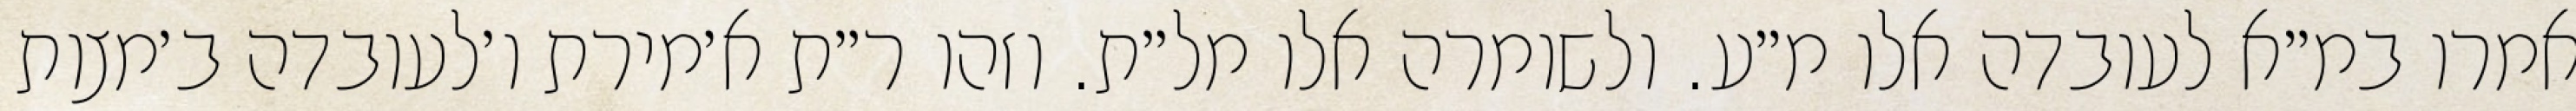
אמרו במ״א לעובדה אלו מ״ע. ולשומרה אלו מל״ת. וזהו ר״ת א׳מירת ו׳לעובדה ב׳מצות